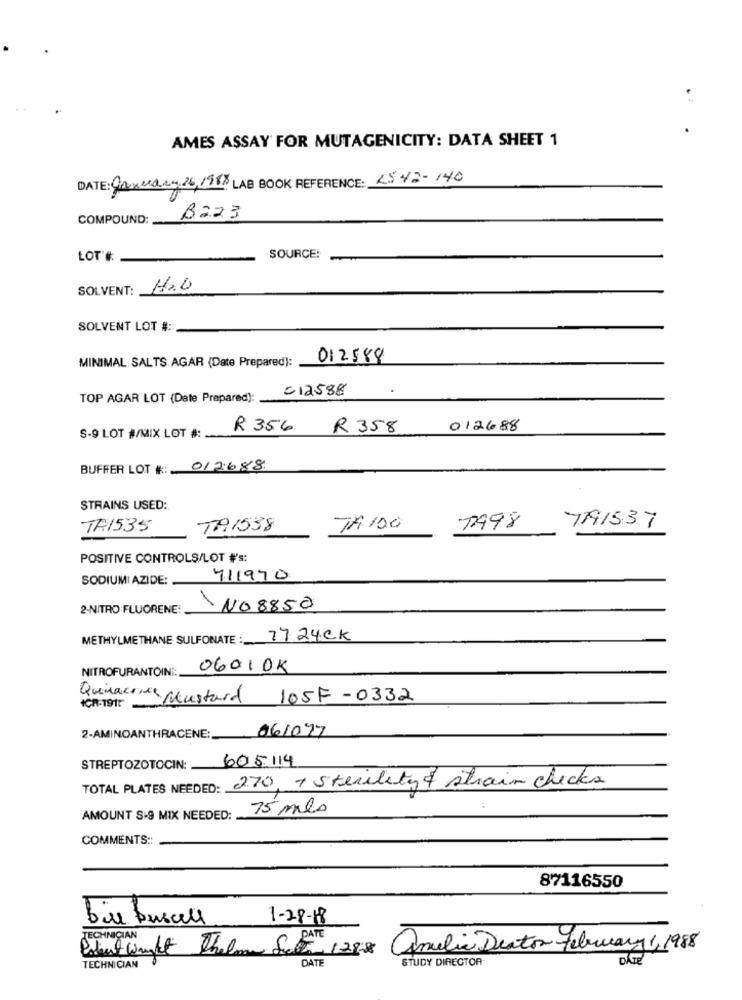
AMES ASSAY FOR MUTAGENICITY: DATA SHEET 1
DATE: January 26,1988 LAB BOOK REFERENCE: 4542-140
COMPOUND:
B223
LOT'#: -
SOURCE:
SOLVENT:
H2O
SOLVENT LOT # ::
012588
MINIMAL SALTS AGAR (Date Prepared):
-12588
TOP AGAR LOT (Date Prepared):
R 356
R 358
012688
S-9 LOT #/MIX LOT #: __
BUFFER LOT #: 012688
STRAINS USED:
TA1535
TA.1538
TA 100
7998
7791537
POSITIVE CONTROLS/LOT #'s:
SODIUMI AZIDE: .
711970
2-NITRO:FLUORENE:
NO 8850
METHYLMETHANE SULFONATE : 77 24.Ck
NITROFURANTOINE:
06010K
Quimactive plustard
105F -0332
CR-1915-
2-AMINOANTHRACENE: 061077
605114
STREPTOZOTOCIN:
TOTAL PLATES NEEDED: 270 + sterility & strain checks
75 mls
AMOUNT S-9 MIX NEEDED:
COMMENTS ::
87116550
bue Duscell
1-28-18
TECHNICIAN
Potent Wight Thelon Set 1288
Amelia Deator February 1, 1988
DATE
STUDY DIRECTOR
TECHNICIAN